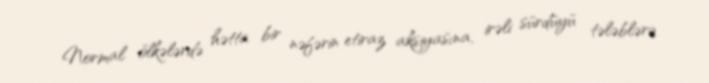
Normal ölkələrdə hətta bir nəfərin etiraz aksiyasına, irəli sürdüyü tələblərə